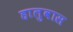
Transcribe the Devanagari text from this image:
हालुवास